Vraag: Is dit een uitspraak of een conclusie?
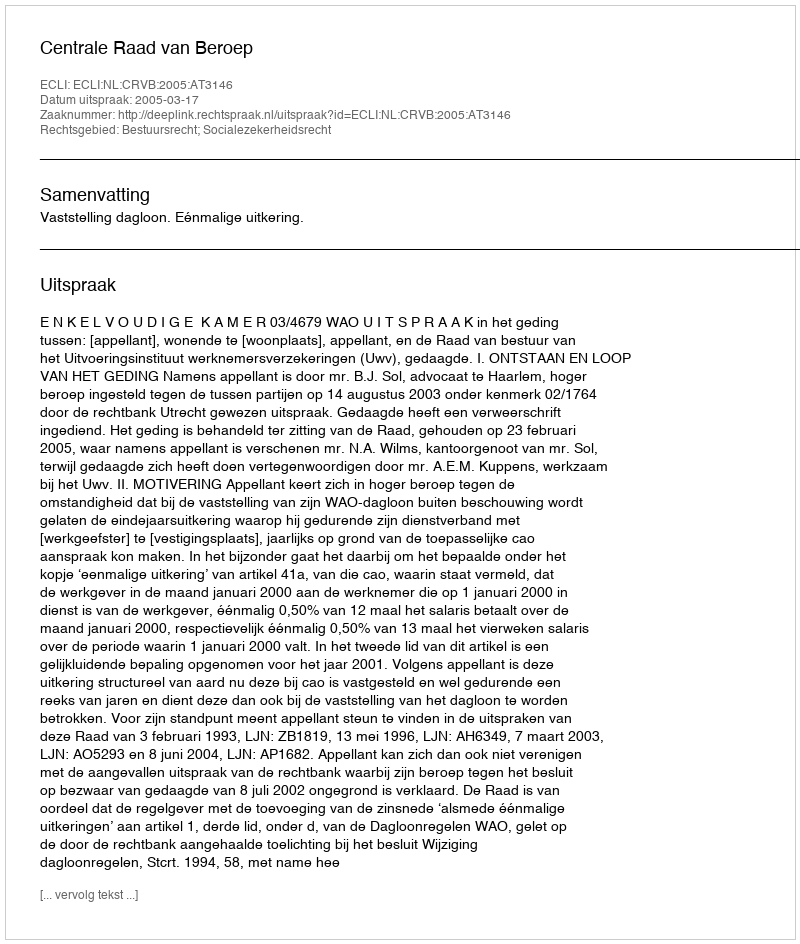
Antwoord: Uitspraak